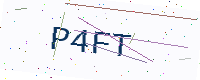
Text: P4FT